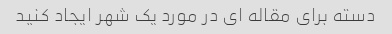
دسته برای مقاله ای در مورد یک شهر ایجاد کنید